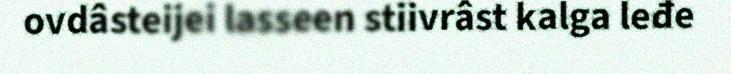
ovdâsteijei lasseen stiivrâst kalga leđe